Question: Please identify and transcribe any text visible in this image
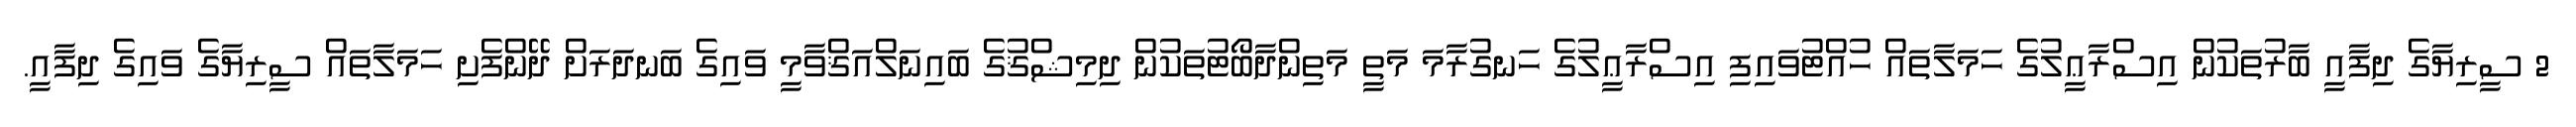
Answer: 2 ސީރިޔާގެ ދިފާއީ ބާރުތަކުން އިސްރާޢީލުގެ ހަމަލާތައް ހުއްޓުވައިފި އިސްރާޢީލުގެ ހަނގުރާމަ މަތީ މަތިންދާބޯޓުތަކުން ދިމިޝްޤުގެ ބައިނަލްއަޤްވާމީ ވައިގެ ބަނދަރަށް ދޭންފެށި ހަމަލާތައް ސީރިޔާގެ ވައިގެ ދިފާއީ.